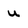
Character: u